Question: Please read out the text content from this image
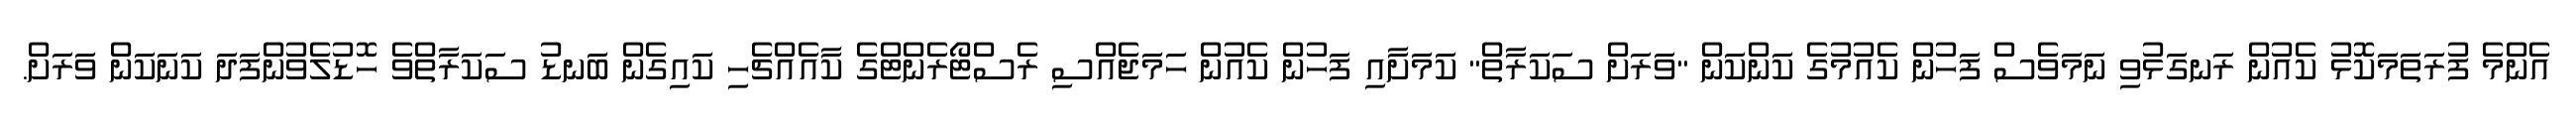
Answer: އެންމެ ފުރަތަމަކޮޅު ކެއުން ރަނގަޅުވި ނަމަވެސް ފަހުން ކެއުމުގެ ކަންކަން "ވަރަށް ސަކަރާތް" ކަމަށާއި ފަހުން ކެއުން ހަމަޖެއްސި ރެސްޓޯރެންޓްގެ ކާއެއްޗެހި ކައިގެން ބަނޑު ސަކަރާތްވެ ހޮޑުލެވުންފަދަ ކަނަކަން ވަރަށް.